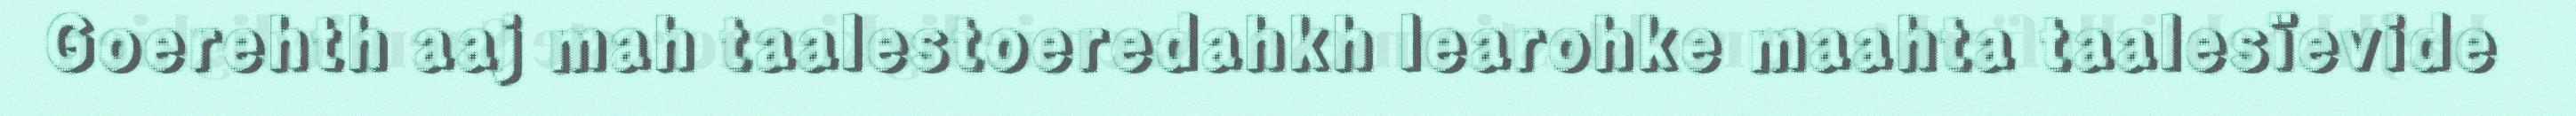
Goerehth aaj mah taalestoeredahkh learohke maahta taalesïevide